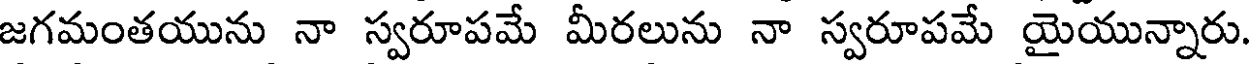
జగమంతయును నా స్వరూపమే మీరలును నా స్వరూపమే యైయున్నారు.